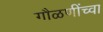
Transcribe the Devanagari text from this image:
गौळणींच्वा